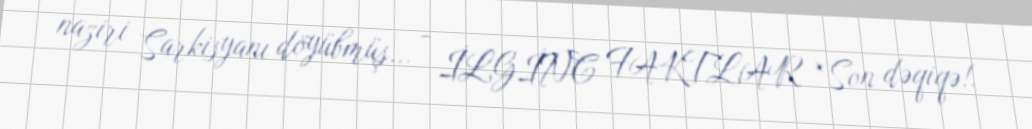
naziri Sarkisyanı döyübmüş... - İLGİNC FAKTLAR *Son dəqiqə!.